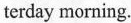
terday morning.